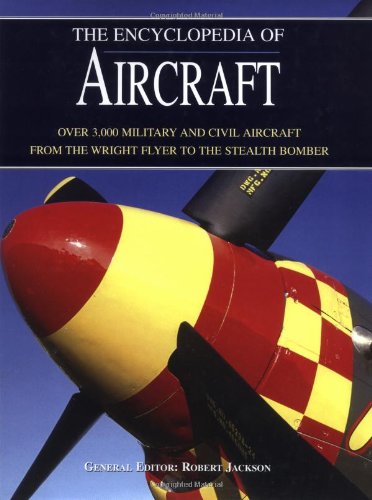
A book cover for The Encyclopedia of Aircraft: Over 3,000 Military and Civil Aircraft from the Wright Flyer to the Stealth Bomber; Reference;